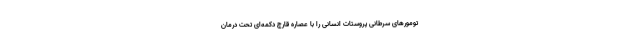
تومورهای سرطانی پروستات انسانی را با عصاره قارچ دکمه‌ای تحت درمان